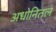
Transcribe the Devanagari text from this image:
अधोनितल